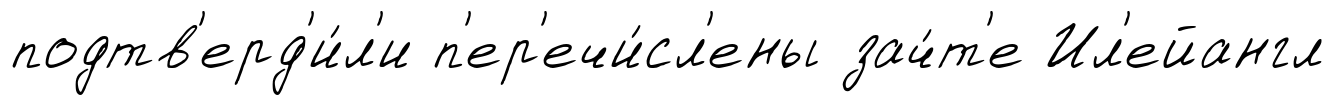
подтв'ерд'и́л'и п'ер'ечи́сл'ены зач́т'е Ил'ейангл